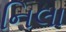
નિલા